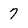
Character: 7